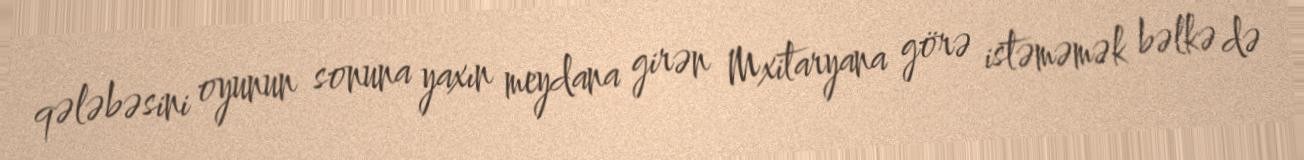
qələbəsini oyunun sonuna yaxın meydana girən Mxitaryana görə istəməmək bəlkə də